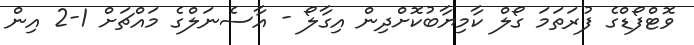
ވޮޓްފޯޑްގެ ފުރަތަމަ ގޯލް ކާމިޔާބުކޮށްދިން އިގާލޯ - އާސެނަލްގެ މައްޗަށް 1-2 އިން